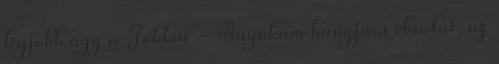
legjobb ágy a Földön – Anyukám hangjára ébredni, az